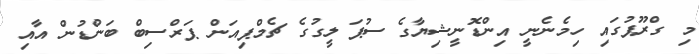
މި ގްރޫޕުގައި ހިމެނެނީ އިންޑޮނީޝިޔާގެ ސުޕަ ލީގުގެ ޗެމްޕިއަން ޕަރްސިބް ބަންޑުން އާއި